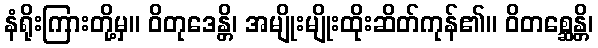
နံရိုးကြားတို့မှ။ ဝိတုဒေန္တိ၊ အမျိုးမျိုးထိုးဆိတ်ကုန်၏။ ဝိတစ္ဆေန္တိ၊